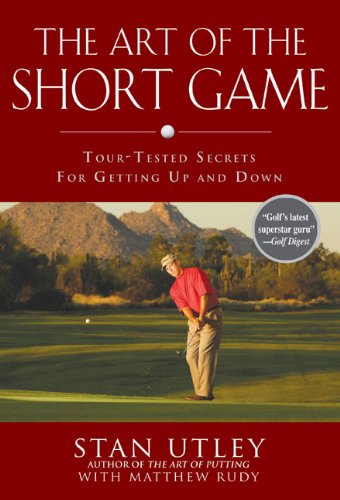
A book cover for The Art of the Short Game: Tour-Tested Secrets for Getting Up and Down; Stan Utley; Sports & Outdoors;